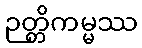
ဉတ္တိကမ္မဿ